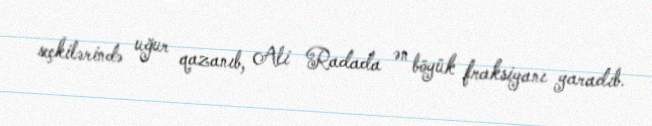
seçkilərində uğur qazanıb, Ali Radada ən böyük fraksiyanı yaradıb.